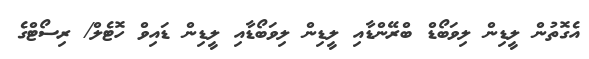
އެގޮތުން ލީޑިން ލިވަބޯޑް ބްރޭންޑާއި ލީޑިން ލިވަބޯޑާއި ލީޑިން ޑައިވް ހޮޓެލް/ ރިސޯޓްގެ